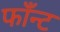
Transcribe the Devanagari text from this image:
फाँन्ट